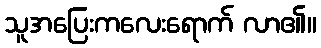
သူအပြေးကလေးရောက် လာ၏။